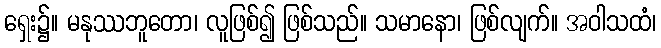
ရှေး၌။ မနုဿဘူတော၊ လူဖြစ်၍ ဖြစ်သည်။ သမာနော၊ ဖြစ်လျက်။ အဝါသထံ၊